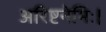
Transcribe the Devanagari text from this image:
अरिष्टनेमिः।